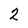
Character: 2